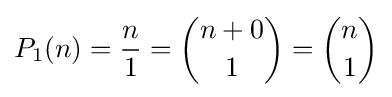
P_{1}(n)={\frac {n}{1}}={\binom {n+0}{1}}={\binom {n}{1}}